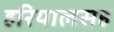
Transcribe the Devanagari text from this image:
हरियालसह